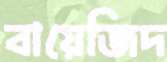
বায়েজিদ